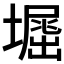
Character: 𡑥